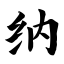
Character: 纳